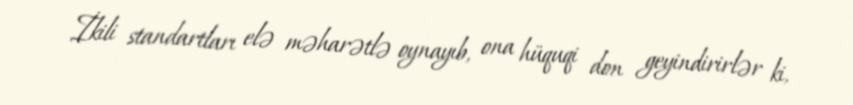
İkili standartları elə məharətlə oynayıb, ona hüquqi don geyindirirlər ki,